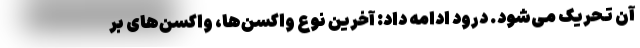
آن تحریک می‌شود. درود ادامه داد: آخرین نوع واکسن‌ها، واکسن‌های بر